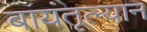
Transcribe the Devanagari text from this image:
बायंतूल्यान